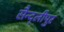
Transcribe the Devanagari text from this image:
सैन्द्लीपुर